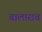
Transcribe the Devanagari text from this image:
बालाराव